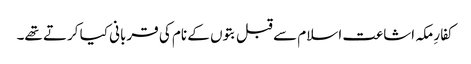
کفارِ مکہ اشاعت اسلام سے قبل بتوں کے نام کی قربانی کیا کرتے تھے۔